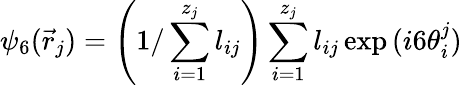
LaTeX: \psi_{6}(\vec{r}_{j})=\left(1/\sum_{i=1}^{z_{j}}l_{ij}\right)\sum_{i=1}^{z_{j}}l_{ij}\exp{(i6\theta_{i}^{j})}